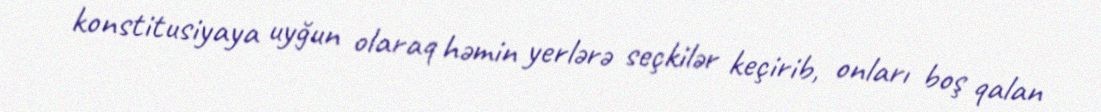
konstitusiyaya uyğun olaraq həmin yerlərə seçkilər keçirib, onları boş qalan